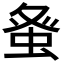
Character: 𮔇